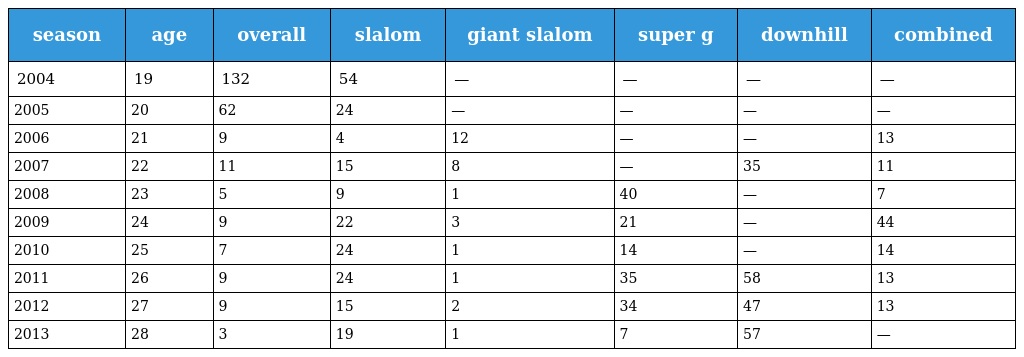
| season | age | overall | slalom | giant slalom | super g | downhill | combined |
 | --- | --- | --- | --- | --- | --- | --- | --- |
 | 2004 | 19 | 132 | 54 | — | — | — | — |
 | 2005 | 20 | 62 | 24 | — | — | — | — |
 | 2006 | 21 | 9 | 4 | 12 | — | — | 13 |
 | 2007 | 22 | 11 | 15 | 8 | — | 35 | 11 |
 | 2008 | 23 | 5 | 9 | 1 | 40 | — | 7 |
 | 2009 | 24 | 9 | 22 | 3 | 21 | — | 44 |
 | 2010 | 25 | 7 | 24 | 1 | 14 | — | 14 |
 | 2011 | 26 | 9 | 24 | 1 | 35 | 58 | 13 |
 | 2012 | 27 | 9 | 15 | 2 | 34 | 47 | 13 |
 | 2013 | 28 | 3 | 19 | 1 | 7 | 57 | — |